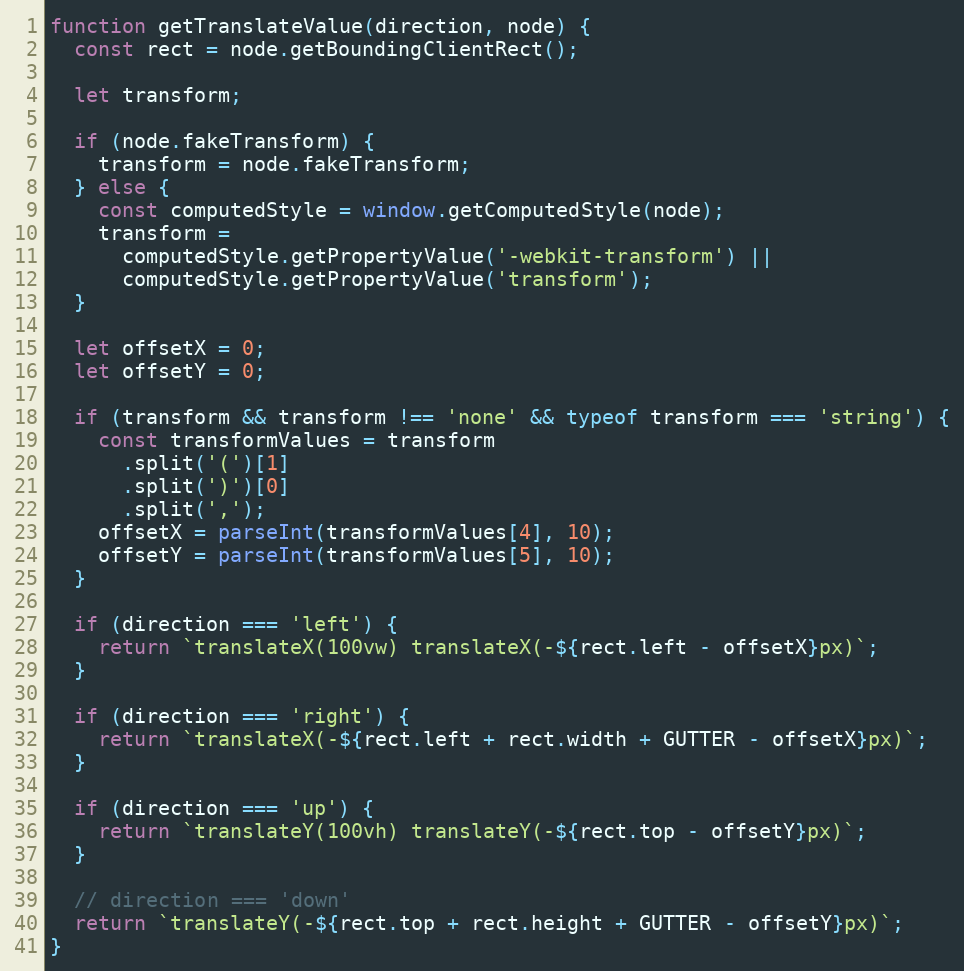
Language: JavaScript
function getTranslateValue(direction, node) {
  const rect = node.getBoundingClientRect();

  let transform;

  if (node.fakeTransform) {
    transform = node.fakeTransform;
  } else {
    const computedStyle = window.getComputedStyle(node);
    transform =
      computedStyle.getPropertyValue('-webkit-transform') ||
      computedStyle.getPropertyValue('transform');
  }

  let offsetX = 0;
  let offsetY = 0;

  if (transform && transform !== 'none' && typeof transform === 'string') {
    const transformValues = transform
      .split('(')[1]
      .split(')')[0]
      .split(',');
    offsetX = parseInt(transformValues[4], 10);
    offsetY = parseInt(transformValues[5], 10);
  }

  if (direction === 'left') {
    return `translateX(100vw) translateX(-${rect.left - offsetX}px)`;
  }

  if (direction === 'right') {
    return `translateX(-${rect.left + rect.width + GUTTER - offsetX}px)`;
  }

  if (direction === 'up') {
    return `translateY(100vh) translateY(-${rect.top - offsetY}px)`;
  }

  // direction === 'down'
  return `translateY(-${rect.top + rect.height + GUTTER - offsetY}px)`;
}